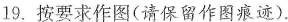
19.按要求作图(请保留作图痕迹).